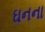
ઘનના